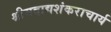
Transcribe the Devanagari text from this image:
श्रीमदाद्यशंकराचार्य